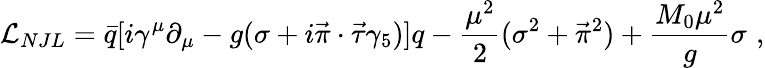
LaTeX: {\cal L}_{NJL}=\bar{q}[i\gamma^{\mu}\partial_{\mu}-g(\sigma+i\vec{\pi}\cdot\vec{\tau}\gamma_{5})]q-{\frac{\mu^{2}}{2}}(\sigma^{2}+\vec{\pi}^{2})+{\frac{M_{0}\mu^{2}}{g}}\sigma\, \, ,